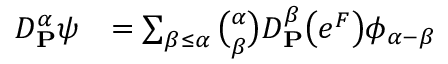
\begin{array} { r l } { D _ { \mathbf { P } } ^ { \boldsymbol { \alpha } } \psi } & { = \sum _ { \boldsymbol { \beta } \le \boldsymbol { \alpha } } { \binom { \boldsymbol { \alpha } } { \boldsymbol { \beta } } } D _ { \mathbf { P } } ^ { \boldsymbol { \beta } } \big ( e ^ { F } \big ) \phi _ { \boldsymbol { \alpha } - \boldsymbol { \beta } } } \end{array}